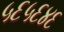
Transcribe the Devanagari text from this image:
५६५६४६